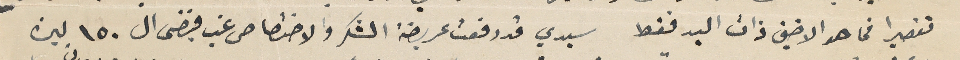
تقصيرا فما هو الا ضني ذات البد فقط سيدي قد رفعت عريضة الشكر والاختصاص غب فيضى ال ١٥٠ ليرة